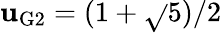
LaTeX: \mathbf{u}_{\mathrm{{G2}}}={(1+\sqrt{}{{5}})/2}